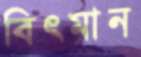
বিৎমান